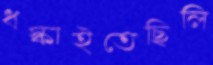
ধস্‌কাইতেছিলি